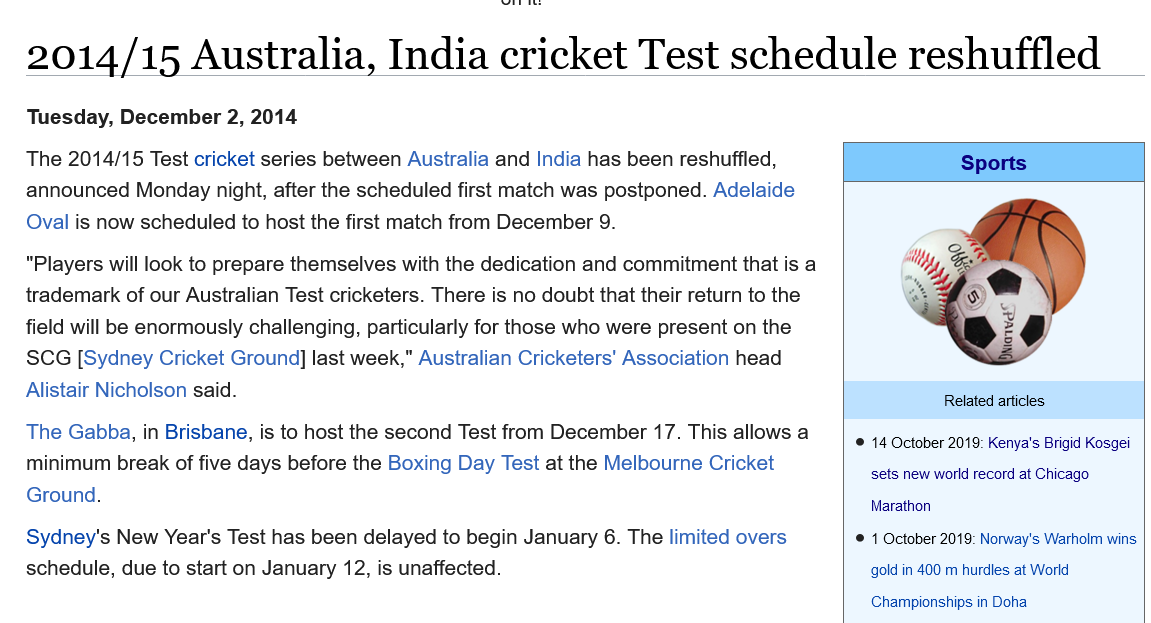
2014/15    Australia,    India    cricket    Test    schedule    reshuffled
   The 2014/15 Test cricket series between Australia and India has been reshuffled,
   announced Monday night, after the scheduled first match was postponed. Adelaide
   Oval is now scheduled to host the first match from December 9.
   “Players will look to prepare themselves with the dedication and commitment that is a
   trademark of our Australian Test cricketers. There is no doubt that their return to the
   field will be enormously challenging, particularly for those who were present on the
   SCG [Sydney  Cricket Ground] last week,” Australian Cricketers' Association head
   Alistair Nicholson said.
   The Gabba, in Brisbane, is to host the second Test from December 17. This allows a
   minimum  break of five days before the Boxing Day Test at the Melbourne Cricket
   Ground.
   Sydney's New Year's Test has been delayed to begin January 6. The limited overs
   schedule, due to start on January 12, is unaffected.
   Tuesday, December 2, 2014

     Related articles
     © 14 October 2019: Kenya's Brigid Kosgei
     sets new world record at Chicago
     Marathon
     © 1 October 2019: Norway's Warholm wins
     gold in 400 m hurdles at World
     Championships in Doha
     Sports
     Related articles
     © 14 October 2019: Kenya's Brigid Kosgei
     sets new world record at Chicago
     Marathon
     © 1 October 2019: Norway's Warholm wins
     gold in 400 m hurdles at World
     Championships in Doha